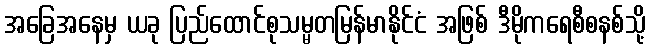
အခြေအနေမှ ယခု ပြည်ထောင်စုသမ္မတမြန်မာနိုင်ငံ အဖြစ် ဒီမိုကရေစီစနစ်သို့